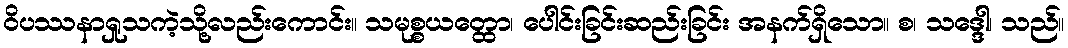
ဝိပဿနာရှုသကဲ့သို့လည်းကောင်း။ သမုစ္စယတ္ထော၊ ပေါင်းခြင်းဆည်းခြင်း အနက်ရှိသော။ စ၊ သဒ္ဒေါ၊ သည်။